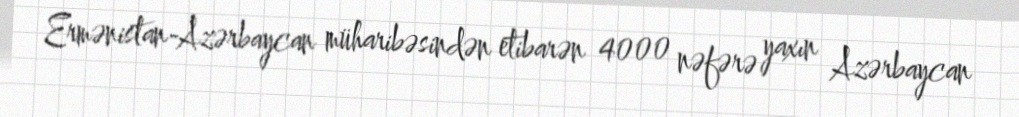
Ermənistan-Azərbaycan müharibəsindən etibarən 4000 nəfərə yaxın Azərbaycan